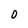
Character: 0